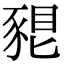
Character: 𧱗